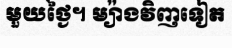
មួយថ្ងៃ។ ម្យ៉ាងវិញទៀត